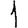
Digit: 1